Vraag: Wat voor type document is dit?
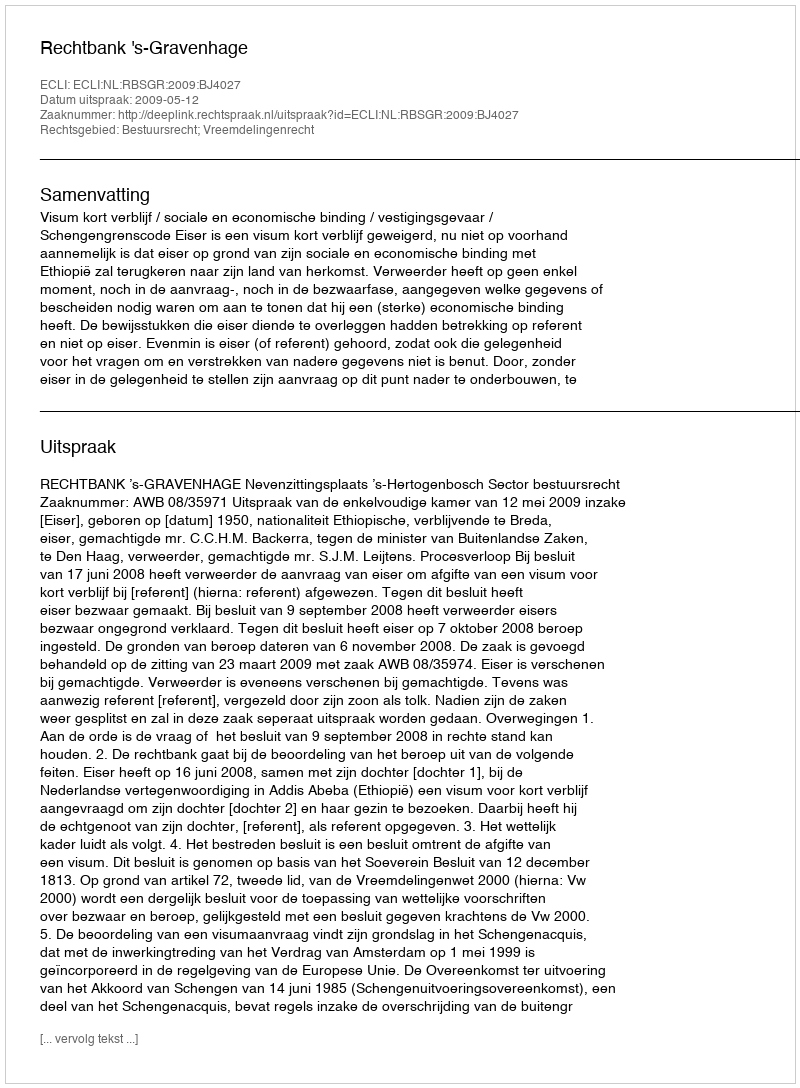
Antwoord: Uitspraak